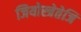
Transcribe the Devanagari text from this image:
जियोस्त्रेतेजि